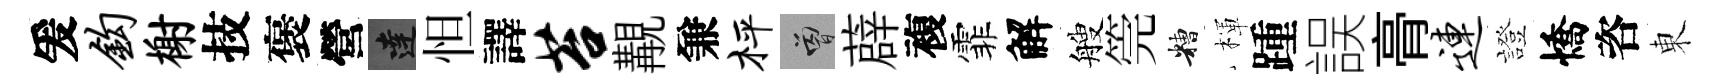
爰钩榭技褒營達怛譯苔覯兼枰曾薜複霏解艘筦糟楎踵誤𮌔连證憍咨東